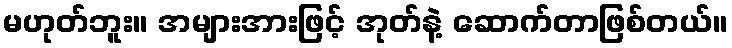
မဟုတ်ဘူး။ အများအားဖြင့် အုတ်နဲ့ ဆောက်တာဖြစ်တယ်။